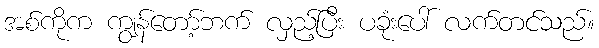
အစ်ကိုက ကျွန်တော့်ဘက် လှည့်ပြီး ပခုံးပေါ် လက်တင်သည်။